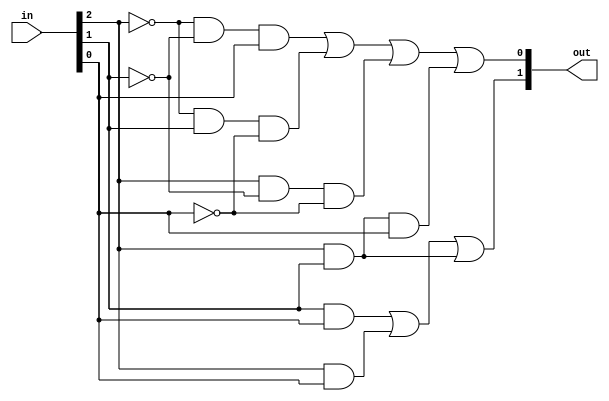
module top_module (
	input [2:0] in,
	output [1:0] out
);

	// This is a function of 3 inputs. One method is to use a 8-entry truth table:
	// in[2:0] out[1:0]
	// 000      00
	// 001      01
	// 010      01
	// 011      10
	// 100      01
	// 101      10
	// 110      10
	// 111      11
	assign out[0] = (~in[2] & ~in[1] & in[0]) | (~in[2] & in[1] & ~in[0]) | (in[2] & ~in[1] & ~in[0]) | (in[2] & in[1] & in[0]);
	assign out[1] = (in[1] & in[0]) | (in[2] & in[0]) | (in[2] & in[1]);
	
	// Using the addition operator works too:
	// assign out = in[0]+in[1]+in[2];

    // assign out[0] = ^in;
    // assign out[1] = in[0]&in[1] | in[0]&in[2] | in[1]&in[2]; 

	
	// Yet another method uses behavioural code inside a procedure (combinational always block)
	// to directly implement the truth table:
	/*
	always @(*) begin
		case (in)
			3'd0: out = 2'd0;
			3'd1: out = 2'd1;
			3'd2: out = 2'd1;
			3'd3: out = 2'd2;
			3'd4: out = 2'd1;
			3'd5: out = 2'd2;
			3'd6: out = 2'd2;
			3'd7: out = 2'd3;
		endcase
	end
	*/
	
endmodule